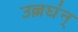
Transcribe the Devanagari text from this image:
उल्लघंन्